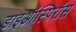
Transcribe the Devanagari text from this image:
डाइऑस्पिरॉस